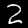
Label: 2